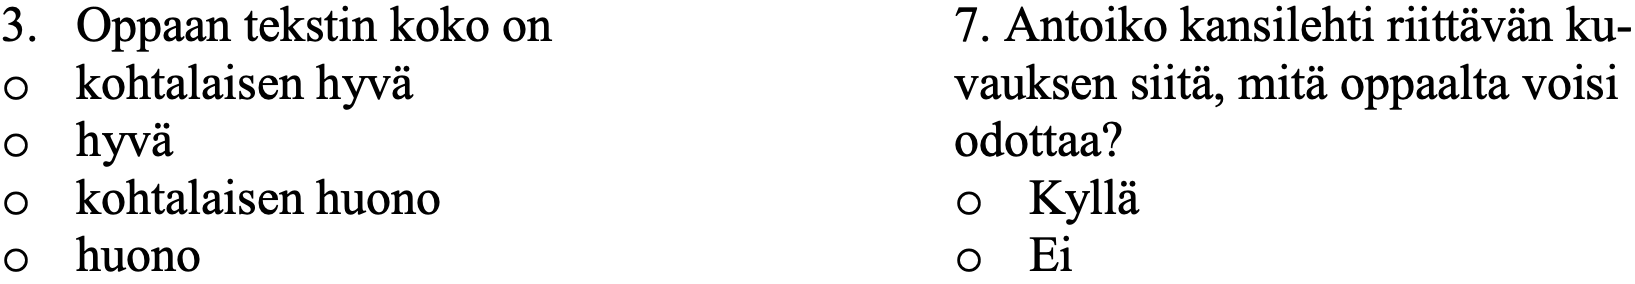
3. Oppaan tekstin koko on      7. Antoiko kansilehti riittävän ku- o kohtalaisen hyvä             vauksen siitä, mitä oppaalta voisi o hyvä                         odottaa? o kohtalaisen huono            o  Kyllä o huono                        o  Ei